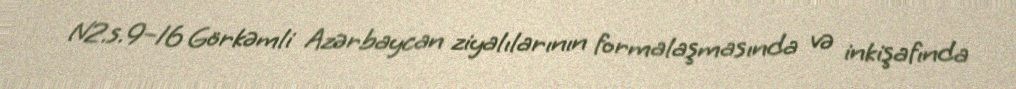
N2.s.9–16 Görkəmli Azərbaycan ziyalılarının formalaşmasında və inkişafında